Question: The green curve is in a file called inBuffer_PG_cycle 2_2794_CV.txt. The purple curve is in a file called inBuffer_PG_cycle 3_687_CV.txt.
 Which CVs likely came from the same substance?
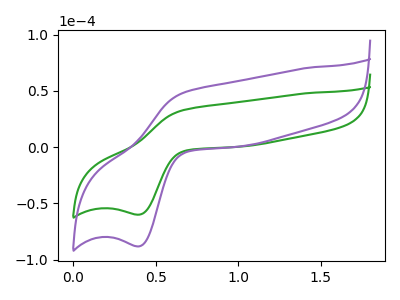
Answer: <think>The green curve "PG cycle 2" has an anodic peak at (0.65V, 32.80uA) and a cathodic peak at (0.40V, -60.05uA). The purple curve "PG cycle 3" has an anodic peak at (0.65V, 48.15uA) and a cathodic peak at (0.40V, -88.20uA).
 All the peaks in "PG cycle 2" have a peak in "PG cycle 3" at the same potential. Every peak in "PG cycle 2" is lower than every peak in "PG cycle 3".</think>
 <answer>"PG cycle 2" and "PG cycle 3" have the same shape and are likely CV's of the same chemical.</answer>
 <eval>"PG cycle 2" "PG cycle 3"</eval>